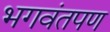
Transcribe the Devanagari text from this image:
भगवंतपण